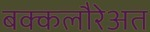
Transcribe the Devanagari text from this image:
बक्कलौरेअत